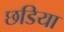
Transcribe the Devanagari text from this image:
छडिया